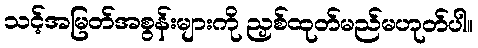
သင့်အမြတ်အစွန်းများကို ညှစ်ထုတ်မည်မဟုတ်ပါ။